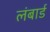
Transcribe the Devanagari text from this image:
लंबार्ड